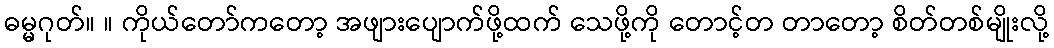
ဓမ္မဂုတ်။ ။ ကိုယ်တော်ကတော့ အဖျားပျောက်ဖို့ထက် သေဖို့ကို တောင့်တ တာတော့ စိတ်တစ်မျိုးလို့